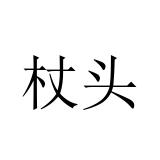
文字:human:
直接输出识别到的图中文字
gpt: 杖头